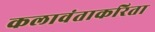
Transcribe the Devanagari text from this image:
कलावंताकरिता